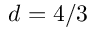
d = 4 / 3